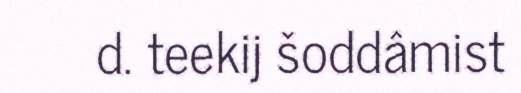
d. teekij šoddâmist